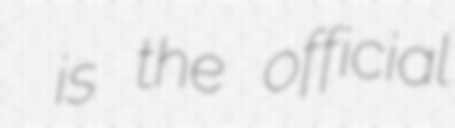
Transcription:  is the official